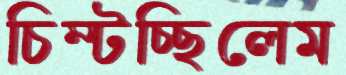
চিম্‌টচ্ছিলেম